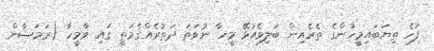
ފަހެ ތިޔަބައިމީހުންގެ ތެރެއިން ބަލިވެއުޅޭ މީހާ ނުވަތަ ދަތުރެއްގެމަތީ ގައި ވާމީހާ (ރަމަޟާން